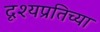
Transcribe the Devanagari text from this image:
दृश्यप्रतिच्या